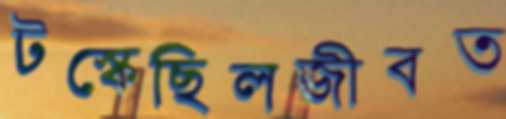
টস্‌কেছিলজীবত